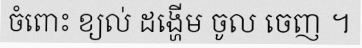
ចំពោះ ខ្យល់ ដង្ហើម ចូល ចេញ ។